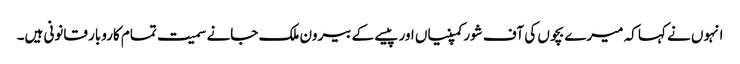
انہوں نے کہا کہ میرے بچوں کی آف شورکمپنیاں اور پیسے کے بیرون ملک جانے سمیت تمام کاروبار قانونی ہیں۔